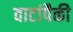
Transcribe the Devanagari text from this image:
वाटांपैकी